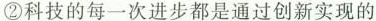
②科技的每一次进步都是通过创新实现的